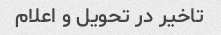
تاخیر در تحویل و اعلام